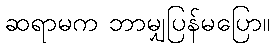
ဆရာမက ဘာမျှပြန်မပြော။